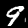
Digit: 9